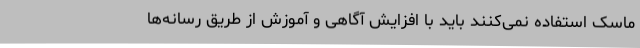
ماسک استفاده نمی‌کنند باید با افزایش آگاهی و آموزش از طریق رسانه‌ها